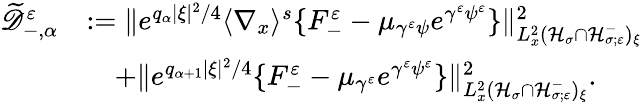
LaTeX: \begin{array}{rl}{\widetilde{\mathscr D}_{-,\alpha}^{\varepsilon}}&{:=\| e^{q_{\alpha}|\xi|^{2}/4}\langle\nabla_{x}\rangle^{s}\{ F_{-}^{\varepsilon}-\mu_{\gamma^{\varepsilon}\psi}e^{\gamma^{\varepsilon}\psi^{\varepsilon}}\} \| _{L_{x}^{2}(\mathcal H_{\sigma}\cap\mathcal H_{\sigma;\varepsilon}^{-})_{\xi}}^{2}}\\ &{\quad+\| e^{q_{\alpha+1}|\xi|^{2}/4}\{ F_{-}^{\varepsilon}-\mu_{\gamma^{\varepsilon}}e^{\gamma^{\varepsilon}\psi^{\varepsilon}}\} \| _{L_{x}^{2}(\mathcal H_{\sigma}\cap\mathcal H_{\sigma;\varepsilon}^{-})_{\xi}}^{2}.}\end{array}